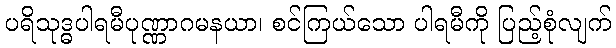
ပရိသုဒ္ဓပါရမီပုဏ္ဏာဂမနယာ၊ စင်ကြယ်သော ပါရမီကို ပြည့်စုံလျက်